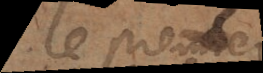
le premier